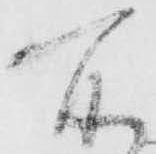
所